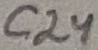
Text: C24